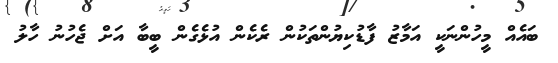
ބައެއް މީހުންނަކީ އަމާޒު ފާޑުކިޔުންތަކުން ރެކެން އުޅެގެން ބީބާ އަށް ޖެހުނު ހާލު